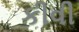
કીવી